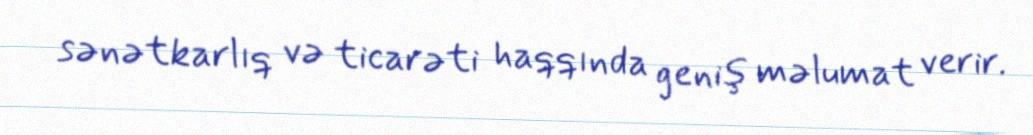
sənətkarlıq və ticarəti haqqında geniş məlumat verir.